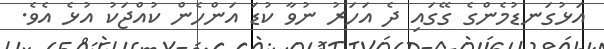
އަޅުގަނޑުމެންގެ ގޭގައި ދެ އަހަރު ނުވާ ކުޑަ އަންހެން ކުއްޖަކު އުޅެ އެވެ.